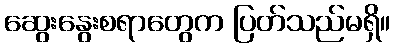
ဆွေးနွေးစရာတွေက ပြတ်သည်မရှိ။